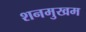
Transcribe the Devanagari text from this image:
शनमुखम